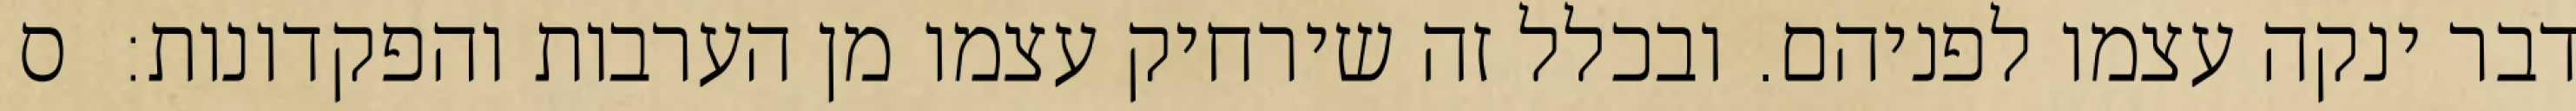
דבר ינקה עצמו לפניהם. ובכלל זה שירחיק עצמו מן הערבות והפקדונות:  ס